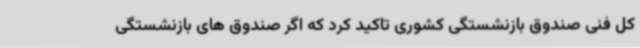
کل فنی صندوق بازنشستگی کشوری تاکید کرد که اگر صندوق های بازنشستگی